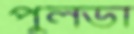
পুলডা